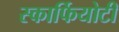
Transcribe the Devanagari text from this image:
स्कार्फियोटी